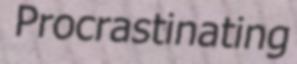
Procrastinating